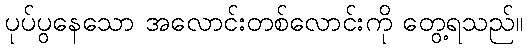
ပုပ်ပွနေသော အလောင်းတစ်လောင်းကို တွေ့ရသည်။